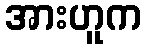
အားဟူက